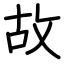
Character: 故